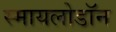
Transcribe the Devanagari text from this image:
स्मायलोडॉन